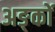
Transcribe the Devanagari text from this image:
अङ्कों